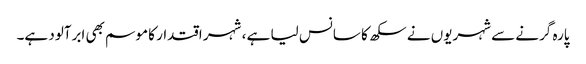
پارہ گرنے سے شہریوں نے سکھ کا سانس لیا ہے ، شہر اقتدار کا موسم بھی ابرآلود ہے۔